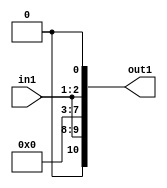
`timescale 1ps / 1ps

// Generated by Cadence Genus(TM) Synthesis Solution 17.11-s014_1
// Generated on: May  5 2021 02:00:49 CST (May  4 2021 18:00:49 UTC)

module DC_Filter_Mul2i258u2_4(in1, out1);
  input [1:0] in1;
  output [10:0] out1;
  wire [1:0] in1;
  wire [10:0] out1;
  assign out1[0] = 1'b0;
  assign out1[1] = in1[0];
  assign out1[2] = in1[1];
  assign out1[3] = 1'b0;
  assign out1[4] = 1'b0;
  assign out1[5] = 1'b0;
  assign out1[6] = 1'b0;
  assign out1[7] = 1'b0;
  assign out1[8] = in1[0];
  assign out1[9] = in1[1];
  assign out1[10] = 1'b0;
endmodule